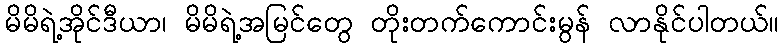
မိမိရဲ့အိုင်ဒီယာ၊ မိမိရဲ့အမြင်တွေ တိုးတက်ကောင်းမွန် လာနိုင်ပါတယ်။